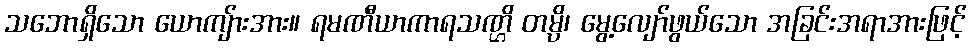
သဘောရှိသော ယောကျ်ားအား။ ရမဏီယာကာရသဏ္ဌိ တမ္ပိ၊ မွေ့လျော်ဖွယ်သော အခြင်းအရာအားဖြင့်